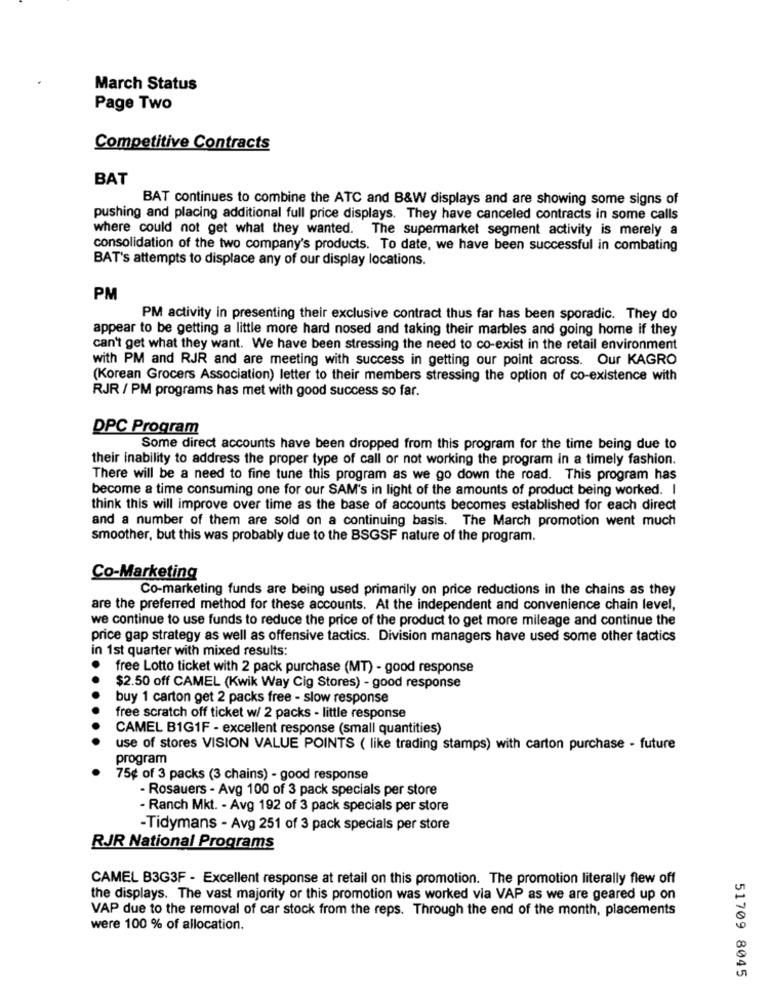
March Status
Page Two
Competitive Contracts
BAT
BAT continues to combine the ATC and B&W displays and are showing some signs of
pushing and placing additional full price displays. They have canceled contracts in some calls
where could not get what they wanted. The supermarket segment activity is merely a
consolidation of the two company's products. To date, we have been successful in combating
BAT's attempts to displace any of our display locations.
PM
PM activity in presenting their exclusive contract thus far has been sporadic. They do
appear to be getting a little more hard nosed and taking their marbles and going home if they
can't get what they want. We have been stressing the need to co-exist in the retail environment
with PM and RJR and are meeting with success in getting our point across. Our KAGRO
(Korean Grocers Association) letter to their members stressing the option of co-existence with
RJR / PM programs has met with good success so far.
DPC Program
Some direct accounts have been dropped from this program for the time being due to
their inability to address the proper type of call or not working the program in a timely fashion.
There will be a need to fine tune this program as we go down the road. This program has
become a time consuming one for our SAM's in light of the amounts of product being worked. I
think this will improve over time as the base of accounts becomes established for each direct
and a number of them are sold on a continuing basis. The March promotion went much
smoother, but this was probably due to the BSGSF nature of the program.
Co-Marketing
Co-marketing funds are being used primarily on price reductions in the chains as they
are the preferred method for these accounts. At the independent and convenience chain level,
we continue to use funds to reduce the price of the product to get more mileage and continue the
price gap strategy as well as offensive tactics. Division managers have used some other tactics
in 1st quarter with mixed results:
free Lotto ticket with 2 pack purchase (MT) - good response
$2.50 off CAMEL (Kwik Way Cig Stores) - good response
buy 1 carton get 2 packs free - slow response
free scratch off ticket w/ 2 packs - little response
CAMEL B1G1F - excellent response (small quantities)
use of stores VISION VALUE POINTS ( like trading stamps) with carton purchase - future
program
75¢ of 3 packs (3 chains) - good response
- Rosauers - Avg 100 of 3 pack specials per store
- Ranch Mkt. - Avg 192 of 3 pack specials per store
-Tidymans - Avg 251 of 3 pack specials per store
RJR National Programs
CAMEL B3G3F - Excellent response at retail on this promotion. The promotion literally flew off
the displays. The vast majority or this promotion was worked via VAP as we are geared up on
VAP due to the removal of car stock from the reps. Through the end of the month, placements
were 100 % of allocation.
51709 8045